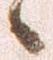
候